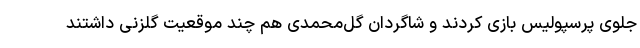
جلوی پرسپولیس بازی کردند و شاگردان گل‌محمدی هم چند موقعیت گلزنی داشتند